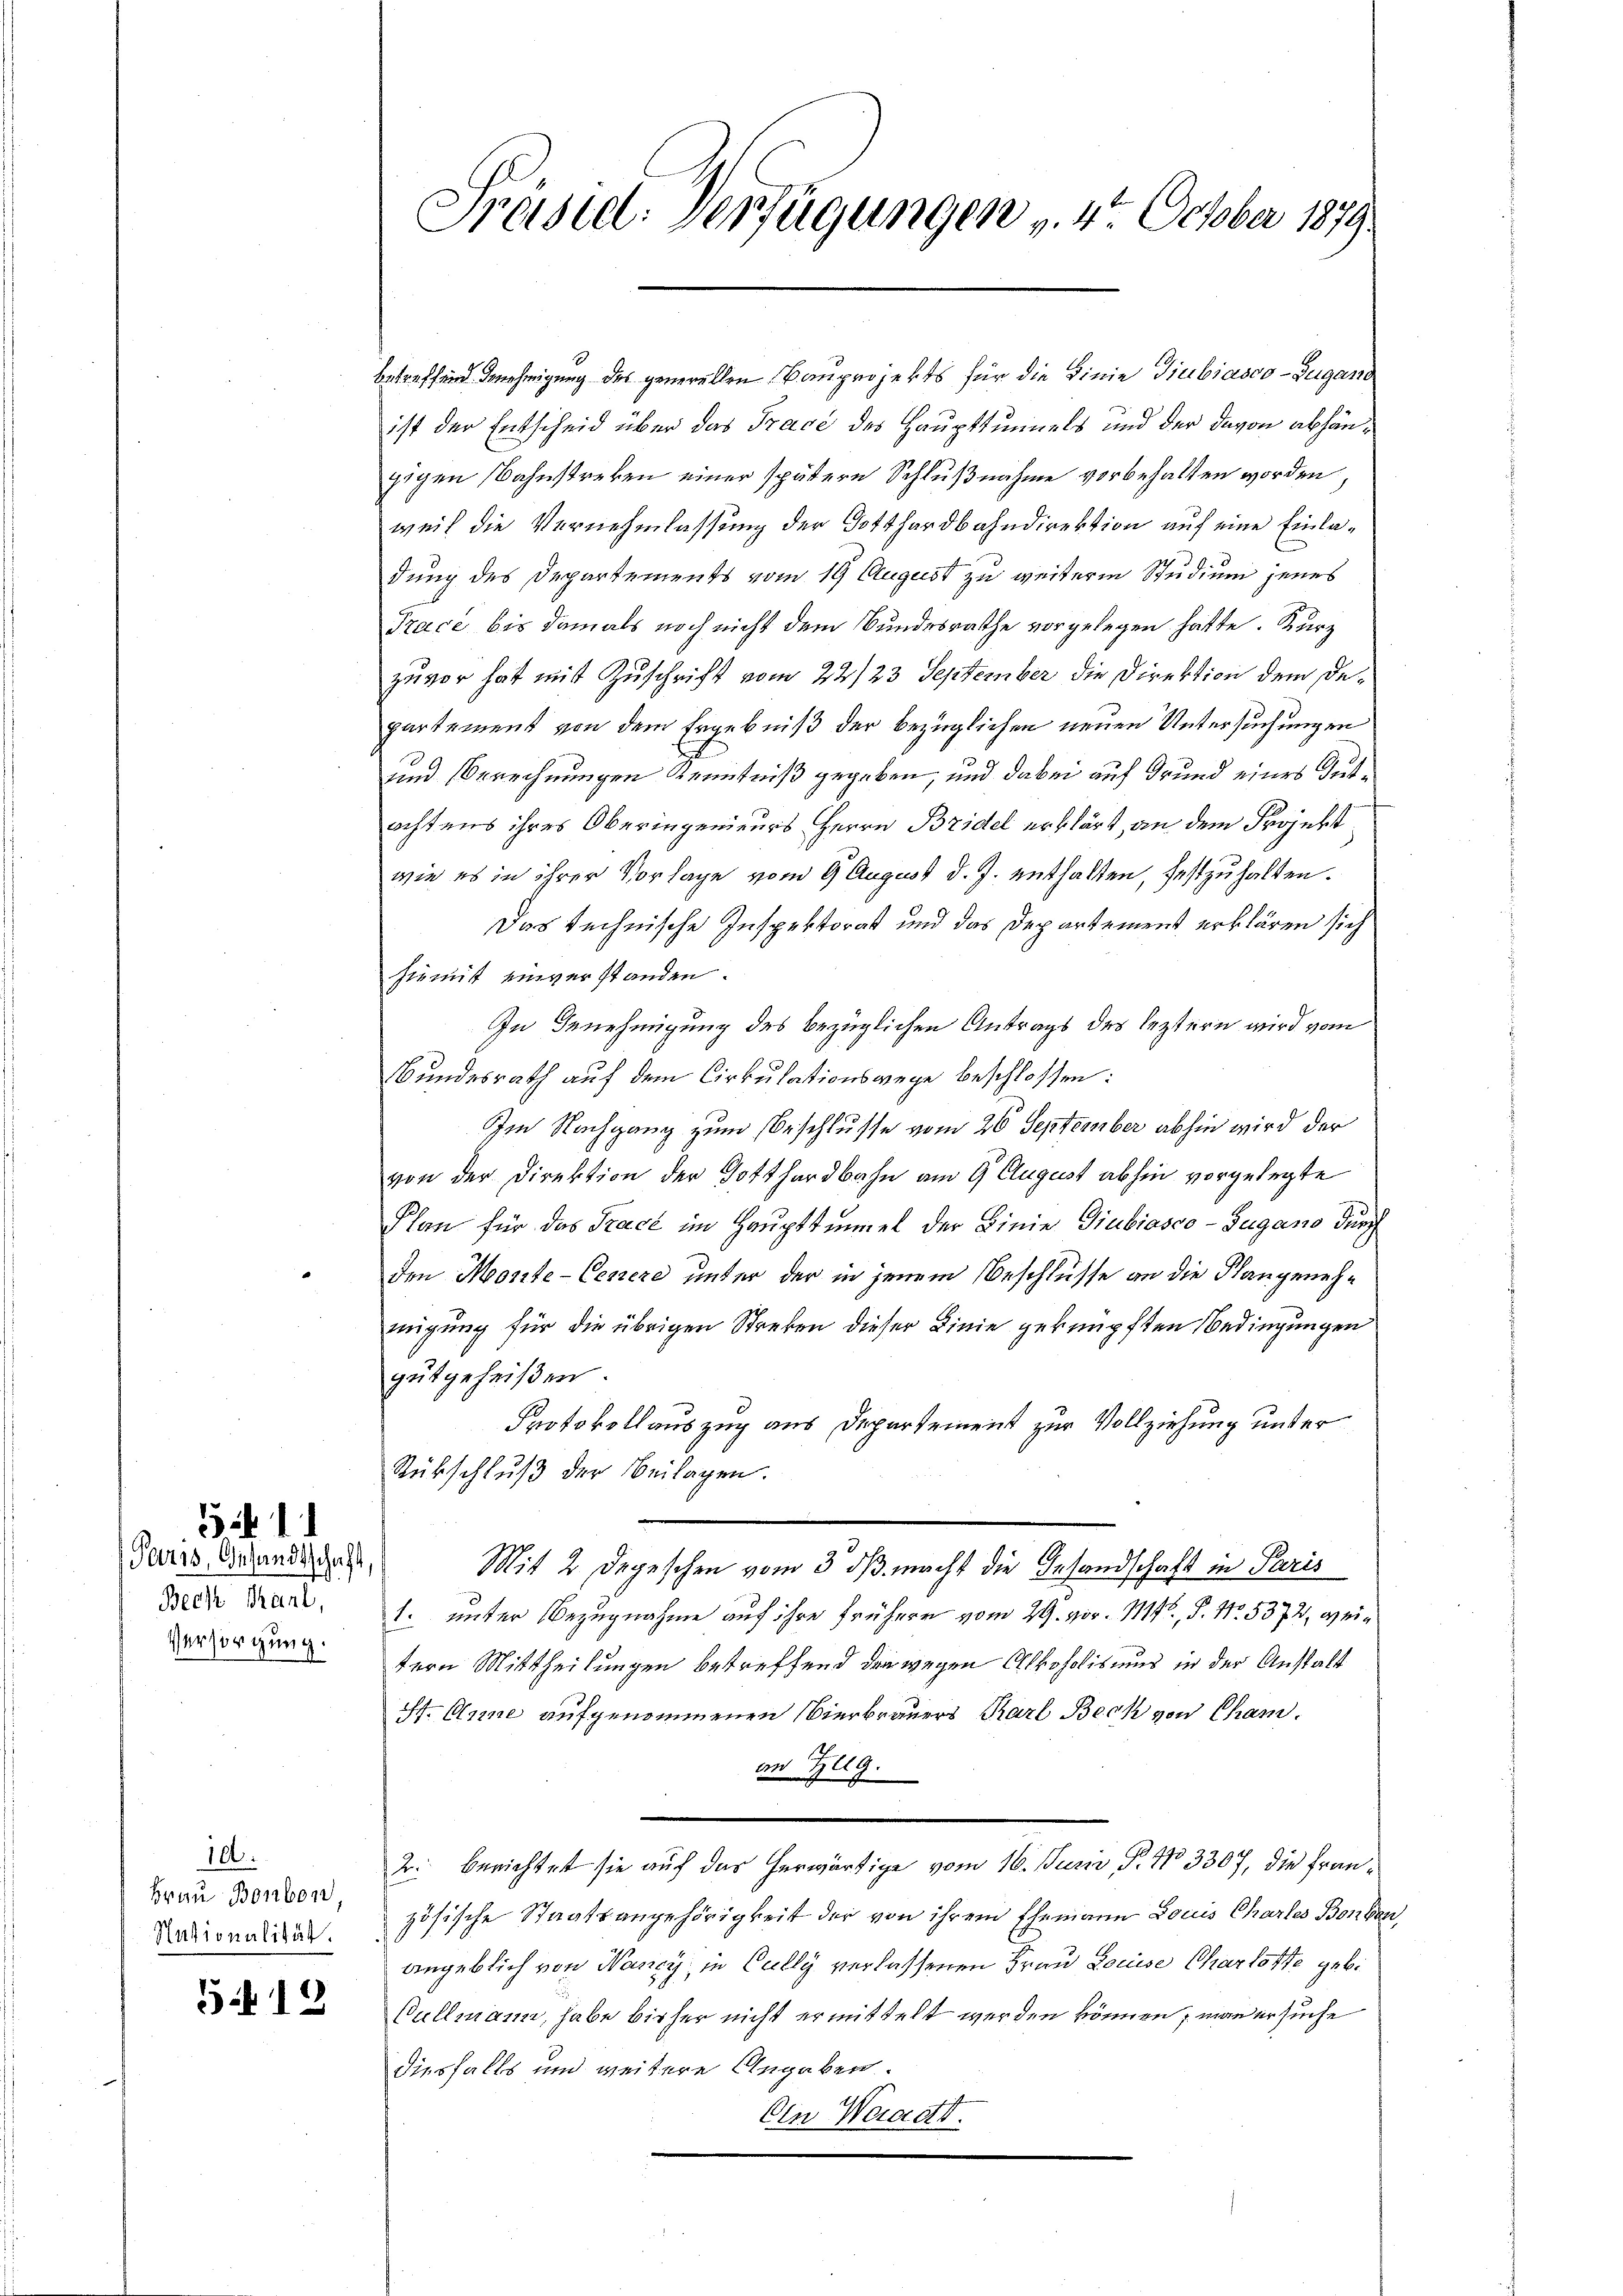
Paris, Gesandtschaft,
Bech Saal,
Versorgung.

3

10.
Nationalität.

519

betreffend Genehmigung des generallen Bauprojekts für die Linie Giubiasco-Zugano
ist der Entscheid über das Tracé des Haupttunnels und der davon abhängigen Bahnstreken einer spätern Schlußnahme vorbehalten worden,
weil die Vernehmlassung der Gotthardbahndirektion auf eine Einladung des Departements vom 19 August zu weiterm Studium jenes
Trace bis damals noch nicht dem Bundesrathe vorgelegen hatte. Kurz
zuvor hat mit Zuschrift vom 22./23. September die Direktion dem Departement von dem Ergebniß der bezüglichen neuen Untersuchungen
und Berechnungen Kenntniß gegeben, und dabei auf Grund eines Gutachtens ihres Oberingenieurs Herrn Bridel erklärt, an dem Projekt
wie es in ihrer Vorlage vom 9. August d. J. enthalten, festzuhalten.
Das technische Inspektorat und das Departement erklären sich
hiemit einverstanden.
In Benehmigung des bezüglichen Antrags des leztern wird vom
Bundesrath auf dem Cirkulationswege beschlossen:
Im Nachgang zum Beschlusse vom 26 September abhin wird der
von der Direktion der Gotthardbahn am 9. August abhin vorgelegte
Plan für das Trace im Haupttümmel der Linie Giubiasco-Zugano durch
den Monte-Cenere unter der in jenem Beschlüsse an die Klangenehmigung für die übrigen Streben dieser Linie geknüpften Bedingungen
gutgeheißen.
Protokollauszug aus Departement zur Vollziehung unter
Rückschluß der Beilagen.
Mit 2 Depeschen vom 3. ds. macht die Gesandschaft in Paris
1. unter Bezugnahme auf ihre frühere vom 29. vor. 1146, P. Nr. 5372, weitern Mittheilungen betreffend der wegen Alkoholismus in der Anstalt
H. Anne aufgenommenen Vierbrauers Karl Beck von Cham.
an Zelg.
2. berichtet sie auf das herwärtige vom 16. Junii P. 13307, die Fran¬
Frau 100000 zösische Staatsangehörigkeit der von ihrem Ehemann Louis Chartes Bonban
angeblich von Nancy, in Cully verlassenen Frau Louise Charloffe geb.
Bullmann, habe bisher nicht ermittelt werden können, man ersuche
diesfalls und weitere Angaben.
On Waadt.

Präsiel. Verfügungen v. 4. October 1879